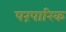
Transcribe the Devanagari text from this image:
परंपारिक